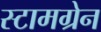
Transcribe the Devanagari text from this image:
स्टामग्रेन